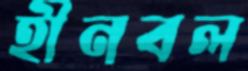
হীনবল